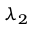
\lambda _ { 2 }